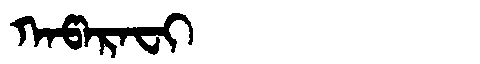
Manchu: ᡴᠠᡦᠠᡵᠠᠸᡳ
Romanization: KAPARAFI